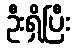
ဦးရှိပြီး